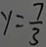
y = \frac { 7 } { 3 }